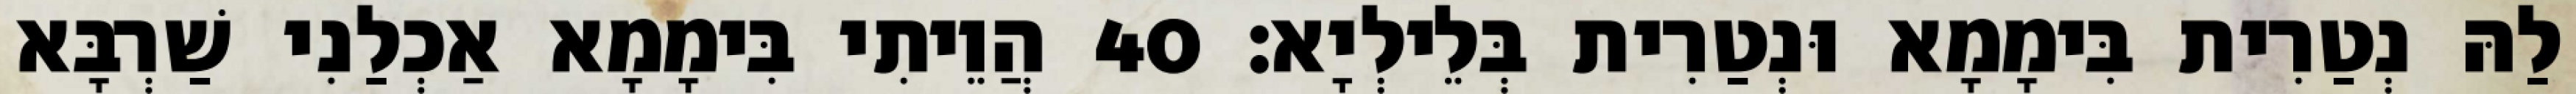
לַהּ נְטַרִית בִּימָמָא וּנְטַרִית בְּלֵילְיָא׃ 40 הֲוֵיתִי בִּימָמָא אַכְלַנִי שַׁרְבָּא